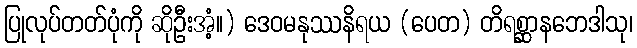
ပြုလုပ်တတ်ပုံကို ဆိုဦးအံ့။) ဒေဝမနုဿနိရယ (ပေတ) တိရစ္ဆာနဘေဒါသု၊